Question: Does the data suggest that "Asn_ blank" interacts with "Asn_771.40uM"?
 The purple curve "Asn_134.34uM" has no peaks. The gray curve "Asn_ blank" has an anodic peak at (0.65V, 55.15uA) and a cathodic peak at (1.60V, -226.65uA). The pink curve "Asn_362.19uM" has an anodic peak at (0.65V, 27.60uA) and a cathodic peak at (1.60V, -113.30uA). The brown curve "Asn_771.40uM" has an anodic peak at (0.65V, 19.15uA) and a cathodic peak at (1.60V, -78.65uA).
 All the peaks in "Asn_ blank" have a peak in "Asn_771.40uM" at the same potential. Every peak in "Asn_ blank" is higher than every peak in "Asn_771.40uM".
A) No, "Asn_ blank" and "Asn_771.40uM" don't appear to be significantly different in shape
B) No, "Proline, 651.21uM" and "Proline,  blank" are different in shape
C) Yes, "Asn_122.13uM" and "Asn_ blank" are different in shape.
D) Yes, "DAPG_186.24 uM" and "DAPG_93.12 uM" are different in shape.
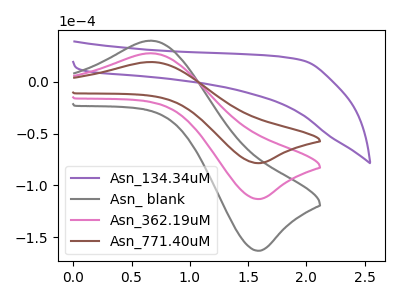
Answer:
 <answer>A) No, "Asn_ blank" and "Asn_771.40uM" don't appear to be significantly different in shape</answer>
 <eval>A</eval>